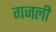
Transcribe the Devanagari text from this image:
गजली